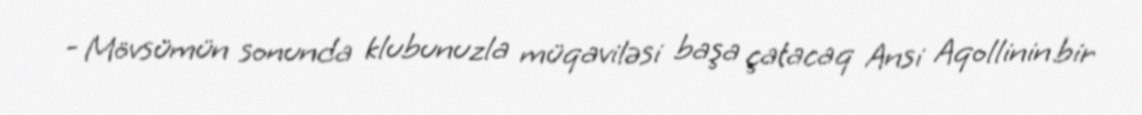
- Mövsümün sonunda klubunuzla müqaviləsi başa çatacaq Ansi Aqollinin bir